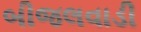
બીજલવાડી